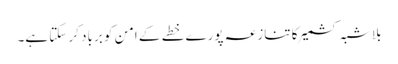
بلاشبہ کشمیر کا تنازعہ پورے خطے کے امن کو برباد کر سکتا ہے۔